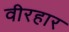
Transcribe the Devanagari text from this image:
वीरहार